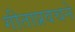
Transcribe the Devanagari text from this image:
गीताप्रवचने